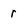
Character: r